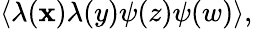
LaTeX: \langle\lambda(\mathbf{x})\lambda(y)\psi(z)\psi(w)\rangle,